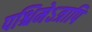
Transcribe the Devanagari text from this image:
पश्चिमेऽत्रापि